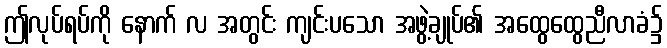
ဤလုပ်ရပ်ကို နောက် လ အတွင်း ကျင်းပသော အဖွဲ့ချုပ်၏ အထွေထွေညီလာခံ၌